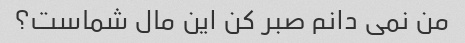
من نمی دانم صبر کن این مال شماست؟